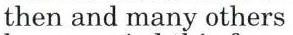
then and many others